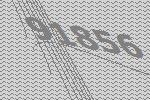
91856